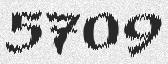
5709